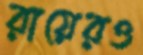
রায়েরও